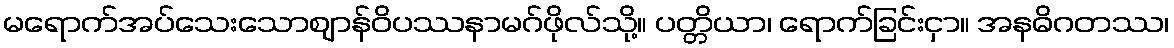
မရောက်အပ်သေးသောဈာန်ဝိပဿနာမဂ်ဖိုလ်သို့။ ပတ္တိယာ၊ ရောက်ခြင်းငှာ။ အနဓိဂတဿ၊